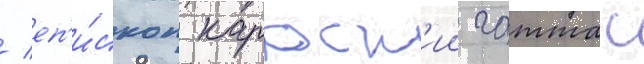
/ еп'и́скоп каррск'ии гаттас